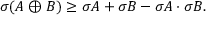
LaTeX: \sigma ( A \oplus B ) \geq \sigma A + \sigma B - \sigma A \cdot \sigma B .